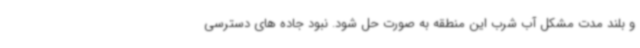
و بلند مدت مشکل آب شرب این منطقه به صورت حل شود. نبود جاده های دسترسی